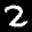
Label: 2